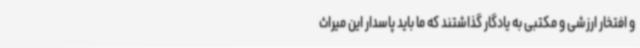
و افتخار ارزشی و مکتبی به یادگار گذاشتند که ما باید پاسدار این میراث